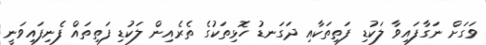
ވަގަށް ނަގާފައިވާ ލަކުޑި ފަތިތަކާއި ދަގަނޑު ހޮޅިތަކުގެ ތެރެއިން ލަކުޑި ފަތިތައް ފެނިފައިވަނީ